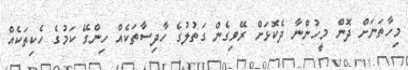
މިހާތަނަށް ދޮން މީހުންނާ ދެކޮޅަށް ރޭވިގެން ގަތުލުގެ ހާދިސާތަކެއް ހިންގޭ ކަމުގެ ހެކިތަކެއް